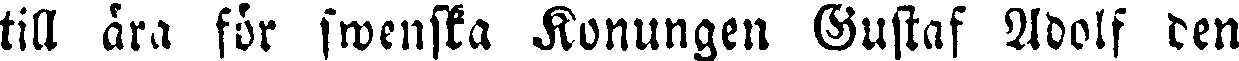
till ära för swenska Konungen Gustaf Adolf den